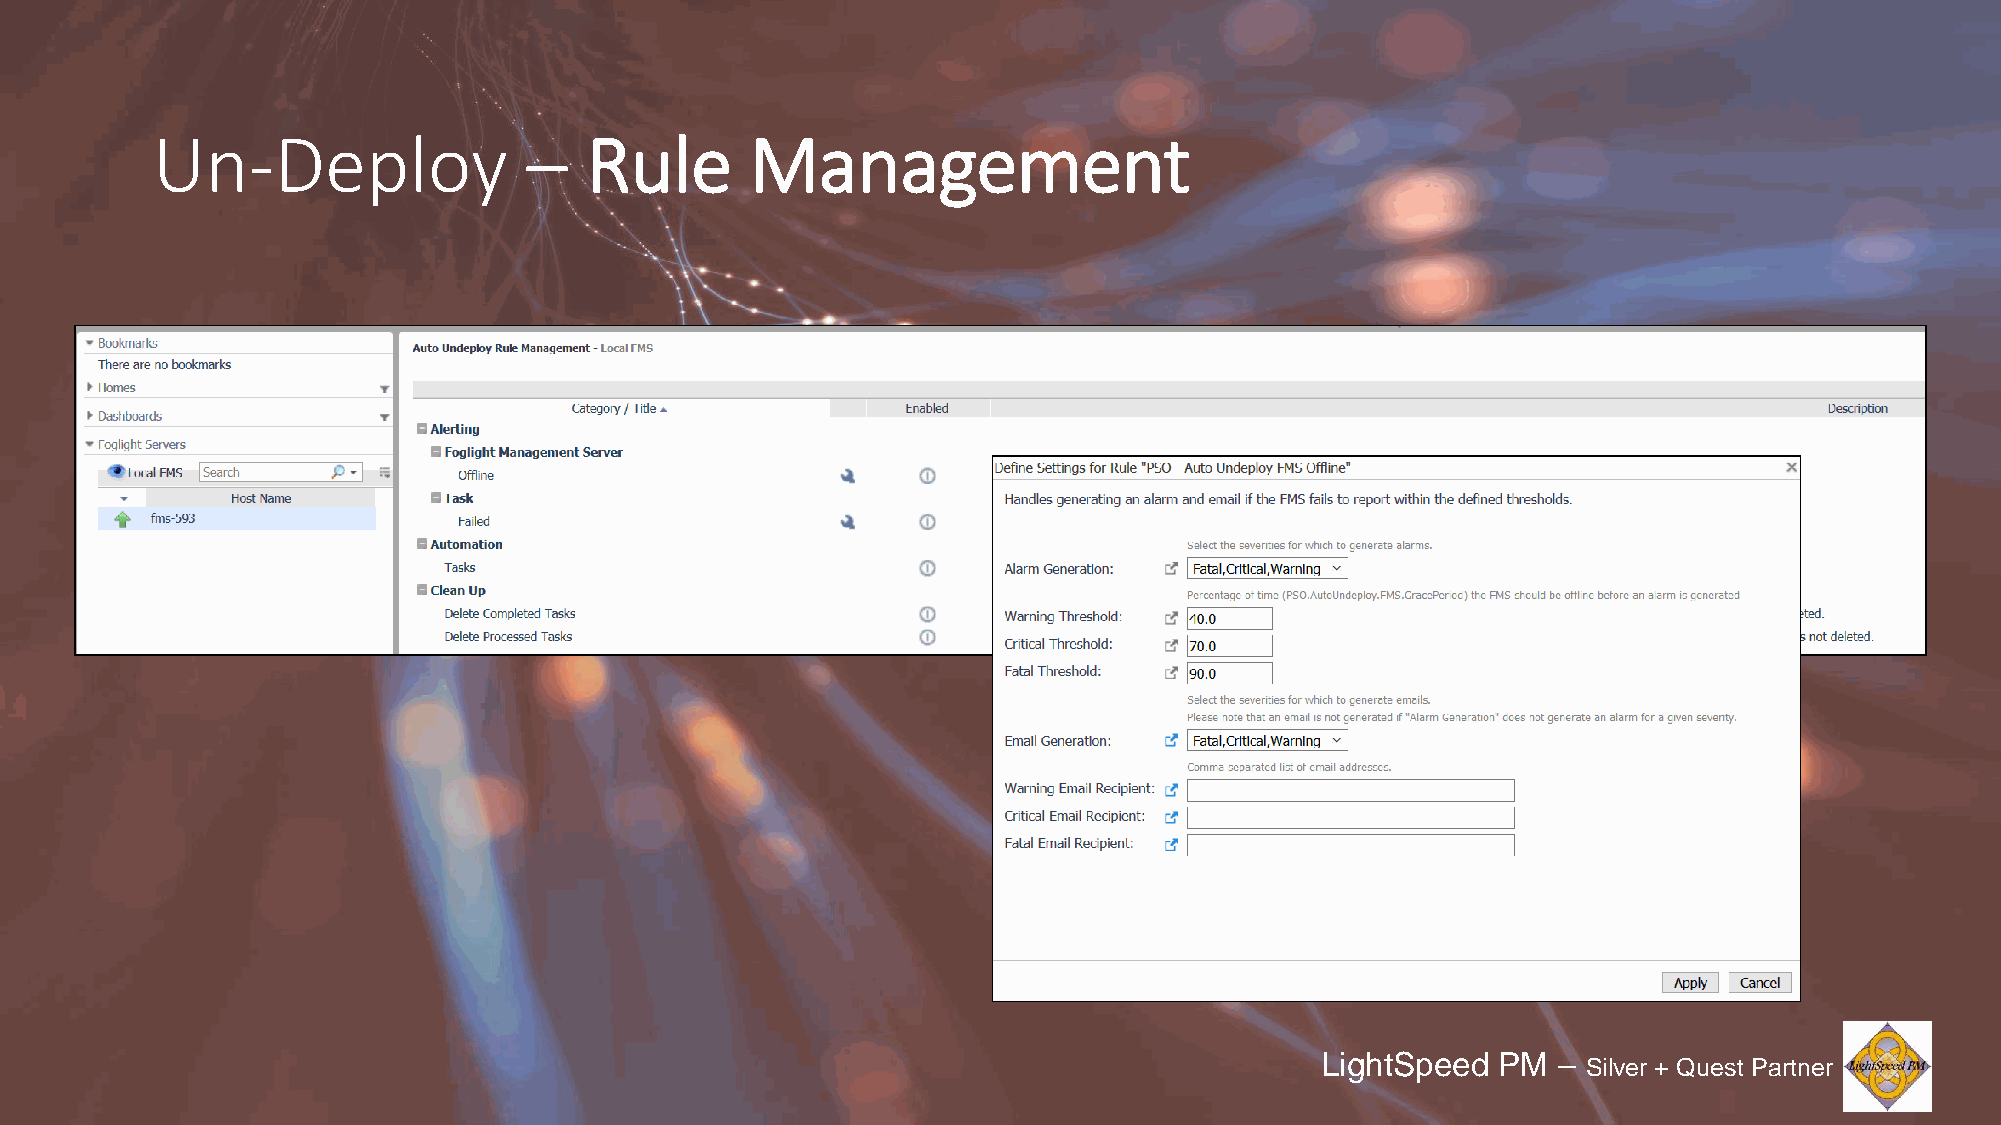
Un-Deploy                –   Rule       Management
 LightSpeed  PM  –
 Silver + Quest Partner